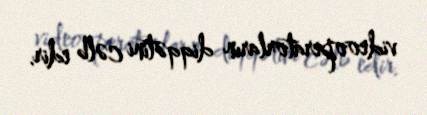
videooperatorların diqqətini cəlb edir.